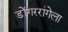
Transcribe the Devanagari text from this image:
डोंगररांगेला